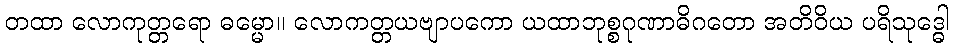
တထာ လောကုတ္တရော ဓမ္မော။ လောကတ္တယဗျာပကော ယထာဘုစ္စဂုဏာဓိဂတော အတိဝိယ ပရိသုဒ္ဓေါ